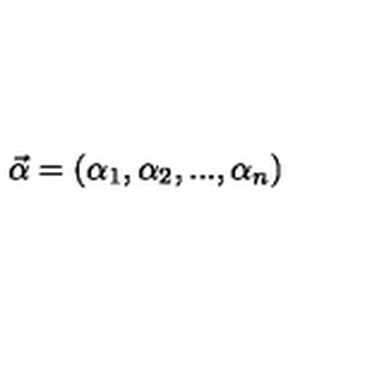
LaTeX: \vec { \alpha } = { ( \alpha _ { 1 } , \alpha _ { 2 } , . . . , \alpha _ { n } ) }